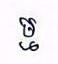
ម្ម